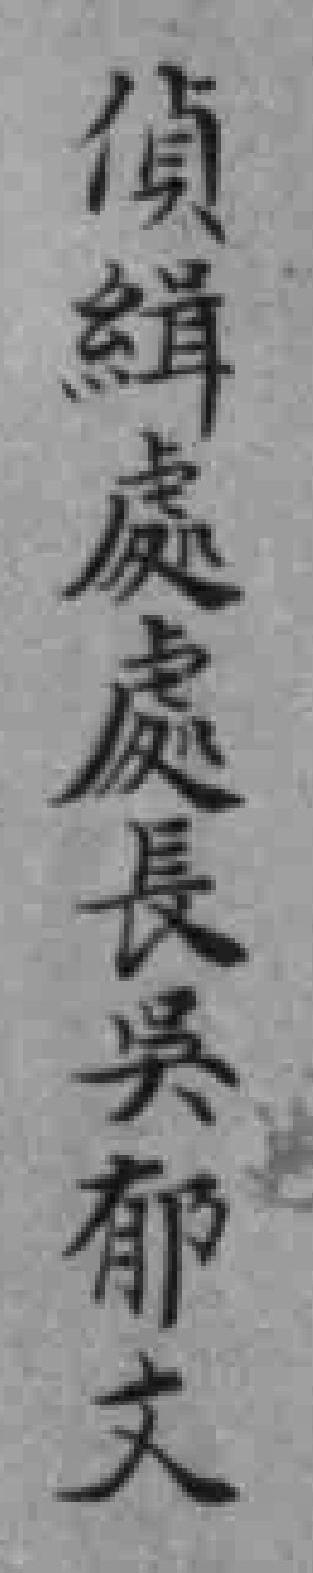
偵緝處處長吳郁文